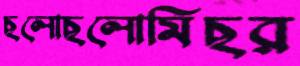
ছলোছলোমিছর